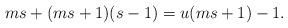
LaTeX: \begin{align*}ms + (ms+1)(s-1) = u(ms+1) - 1.\end{align*}